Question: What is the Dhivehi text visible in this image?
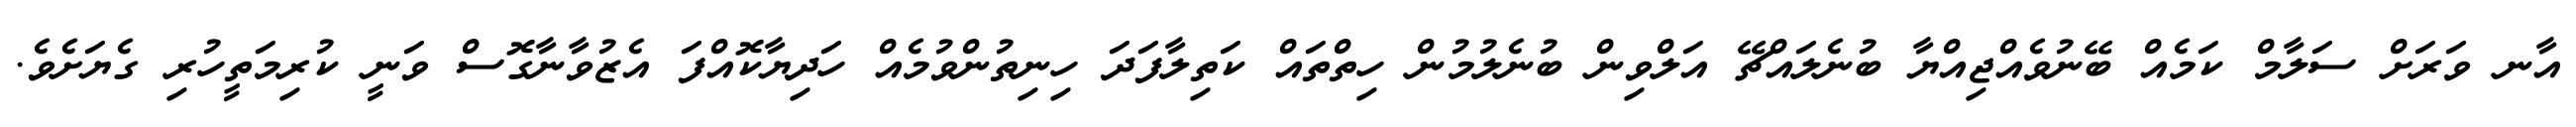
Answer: އާނ ވަރަށް ސަލާމް ކަމެއް ބޭނުވެއްޖިއްޔާ ބުނެލައްޗޭ އަލްވިން ބުނެލުމުން ހިތްތައް ކަތިލާފަދަ ހިނިތުންވުމެއް ހަދިޔާކޮއްފަ އެޒުވާނާގޮސް ވަނީ ކުރިމަތީހުރި ގެޔަށެވެ.